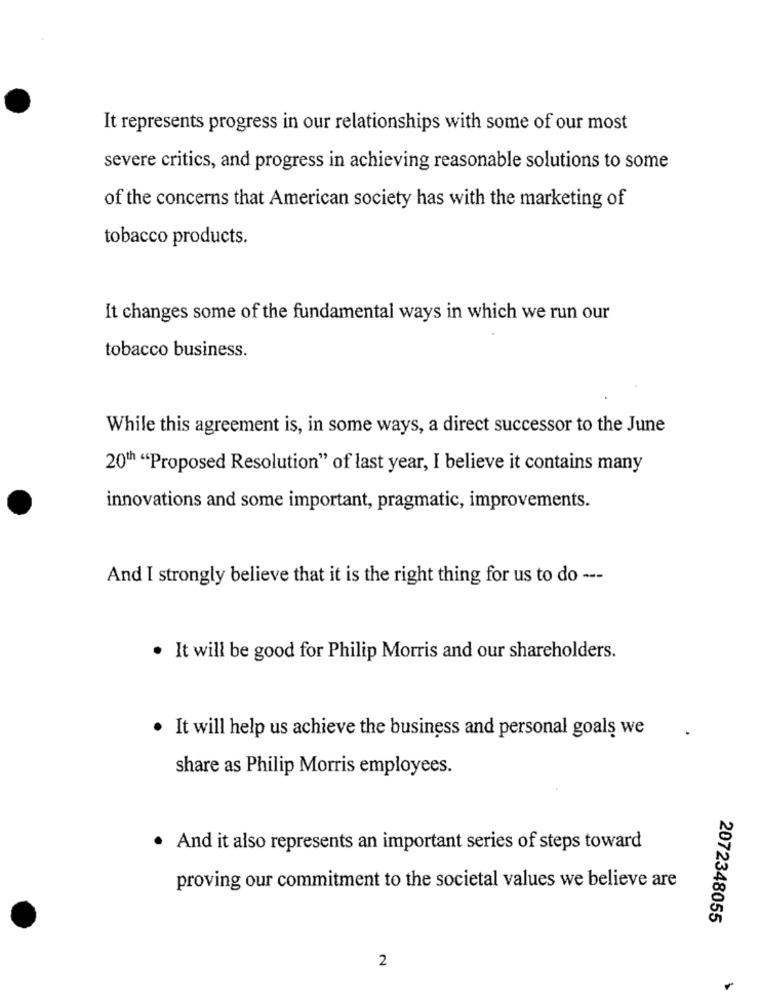
It represents progress in our relationships with some of our most
severe critics, and progress in achieving reasonable solutions to some
of the concerns that American society has with the marketing of
tobacco products.
It changes some of the fundamental ways in which we run our
tobacco business.
While this agreement is, in some ways, a direct successor to the June
20th "Proposed Resolution" of last year, I believe it contains many
innovations and some important, pragmatic, improvements.
And I strongly believe that it is the right thing for us to do ---
. It will be good for Philip Morris and our shareholders.
. It will help us achieve the business and personal goals we
share as Philip Morris employees.
· And it also represents an important series of steps toward
proving our commitment to the societal values we believe are
2072348055
2